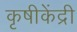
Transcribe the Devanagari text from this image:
कृषीकेंद्री